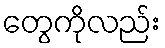
တွေကိုလည်း